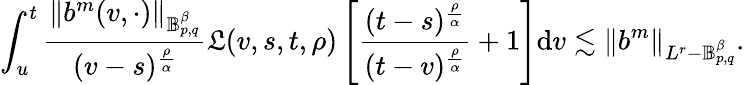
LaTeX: \int_{u}^{t}\frac{\Vert b^{m}(v,\cdot)\Vert_{\mathbb{B}_{p,q}^{\beta}}}{(v-s)^{\frac{\rho}{\alpha}}}\mathfrak{L}(v,s,t,\rho)\left[\frac{(t-s)^{\frac{\rho}{\alpha}}}{(t-v)^{\frac{\rho}{\alpha}}}+1\right]\mathrm{d}v\lesssim\Vert b^{m}\Vert_{L^{r}-\mathbb{B}_{p,q}^{\beta}}.